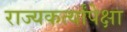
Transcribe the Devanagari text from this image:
राज्यकर्त्यांपेक्षा